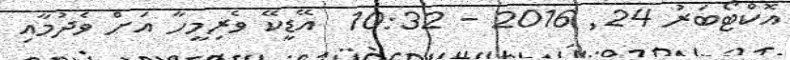
އޮކްޓޯބަރު 24